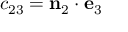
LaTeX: c _ { 2 3 } = \mathbf { n } _ { 2 } \cdot \mathbf { e } _ { 3 }